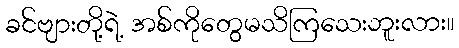
ခင်ဗျားတို့ရဲ့ အစ်ကိုတွေမသိကြသေးဘူးလား။